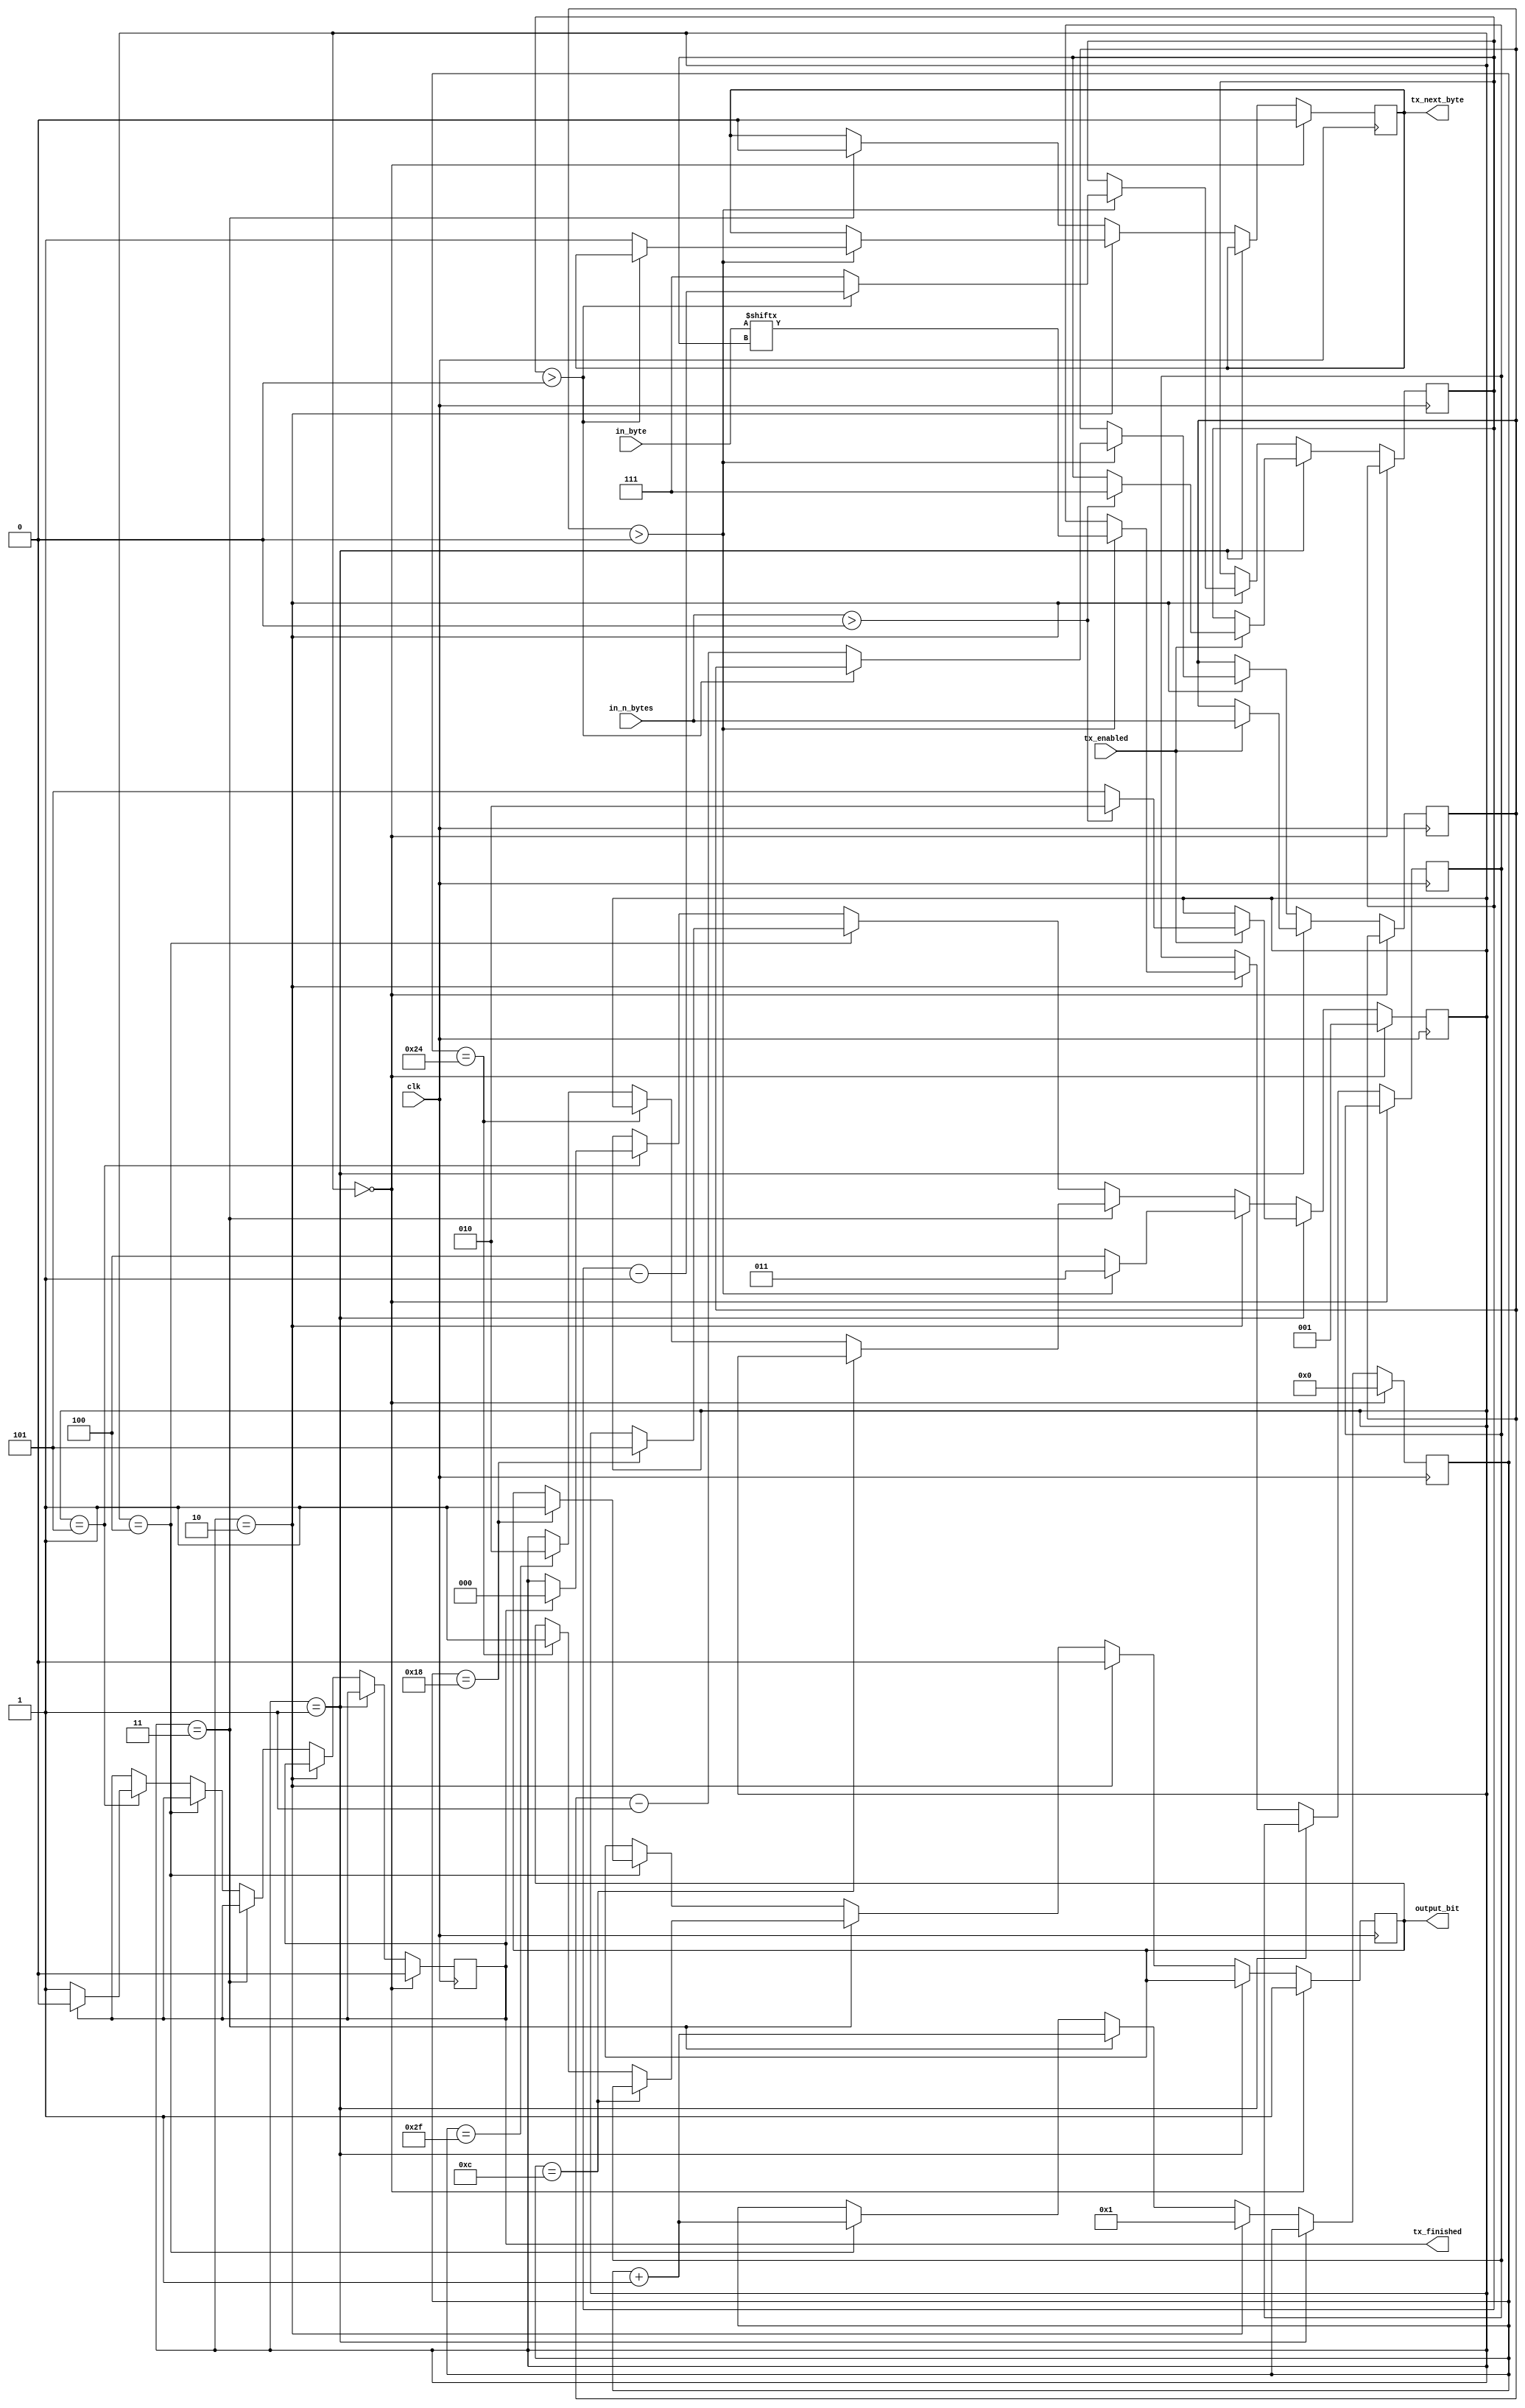
// Cause yosys to throw an error when we implicitly declare nets
`default_nettype none

module tx_module (
                    input [5:0] in_n_bytes, // number of byte to send
                    input [7:0] in_byte, // current byte to send
                    input       clk,
                    input       tx_enabled,
                    output reg  output_bit,
                    output reg  tx_next_byte,
                    output reg  tx_finished
                    );

   reg                           current_bit;
   reg [2:0]                     cur_bit_pos;
   reg [5:0]                     n_bytes;
   reg [5:0]                     clk_pulses;

   localparam [2:0]
     STATE_RESET = 0,
     STATE_WAIT = 1,
     STATE_SENDING = 2,
     STATE_SENDBIT = 3,
     STATE_STOPBIT = 4,
     STATE_FINISHED = 5;
   reg [2:0]                     state = STATE_RESET;

   // Clock pulses per microsecond (at least 2)
   parameter ppu = 12;

   always @(posedge clk) begin
      if (state == STATE_RESET) begin
         clk_pulses <= 0;
         tx_finished <= 0;
         tx_next_byte <= 0;
         output_bit <= 1;
         state <= STATE_WAIT;
      end

      else if (state == STATE_WAIT) begin
         if (tx_enabled) begin
            n_bytes <= in_n_bytes;

            if (in_n_bytes > 0) begin
               state <= STATE_SENDING;
               cur_bit_pos <= 7;
            end else begin
               // no bits to send
               state <= STATE_FINISHED;
            end
         end
      end

      else if (state == STATE_SENDING) begin
         // queue up next bit or stop bit
         if (n_bytes > 0) begin
            // select output bit
            current_bit <= in_byte[cur_bit_pos];

            // advance bit position
            if (cur_bit_pos > 0) begin
               cur_bit_pos <= cur_bit_pos - 1;
            end else begin
               cur_bit_pos <= 7;
               n_bytes <= n_bytes - 1;
               // signal for next input byte
               tx_next_byte <= 1;
            end

            // start sending current bit
            state <= STATE_SENDBIT;
            // drop line low to init bit transmission
            output_bit <= 0;
            // make up for missed clock pulse here
            clk_pulses <= 1;
         end else begin
            // send a stop bit
            state <= STATE_STOPBIT;
            clk_pulses <= 1;
            output_bit <= 0;
         end // else: !if(n_bytes > 0)
      end // if (state == STATE_SENDING)

      else if (state == STATE_SENDBIT) begin
         // always set this low after a cycle
         tx_next_byte <= 0;

         // send output bit after 1us
         if (clk_pulses == 1*ppu) begin
            output_bit <= current_bit;
         end

         // for the last microsecond go back high
         else if (clk_pulses == 3*ppu) begin
            output_bit <= 1;
         end

         else if (clk_pulses == 4*ppu - 1) begin
            state <= STATE_SENDING;
         end

         clk_pulses <= clk_pulses + 1;
      end

      else if (state == STATE_STOPBIT) begin
         // stop bit is slightly different from a 1 bit
         // goes high after 2us (4 clk pulses)
         if (clk_pulses == 2*ppu) begin
            output_bit <= 1;
            state <= STATE_FINISHED;
         end
         // not really necessary to wait for the end timing, and
         // in host mode we might miss the first falling edge of the response
         /*
         else if (clk_pulses == 4*ppu - 1) begin
            state <= STATE_FINISHED;
         end
         */

         clk_pulses <= clk_pulses + 1;
      end

      // reset when send ends
      else if (state == STATE_FINISHED) begin
         // signal finished for a cycle
         if (!tx_finished) begin
            tx_finished <= 1;
         end else begin
            tx_finished <= 0;
            state <= STATE_RESET;
         end
      end
   end // always @ (posedge clk)

endmodule // send_module